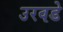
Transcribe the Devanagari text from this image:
उरवडे